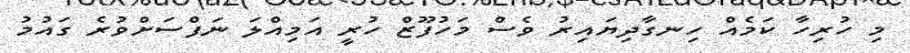
މި ހުރިހާ ކަމެއް ހިނގާދިޔައިރު ވެސް މަހުފޫޒް ހުރީ އަމިއްލަ ނަފްސަށްވުރެ ގައުމު